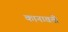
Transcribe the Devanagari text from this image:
कानावती